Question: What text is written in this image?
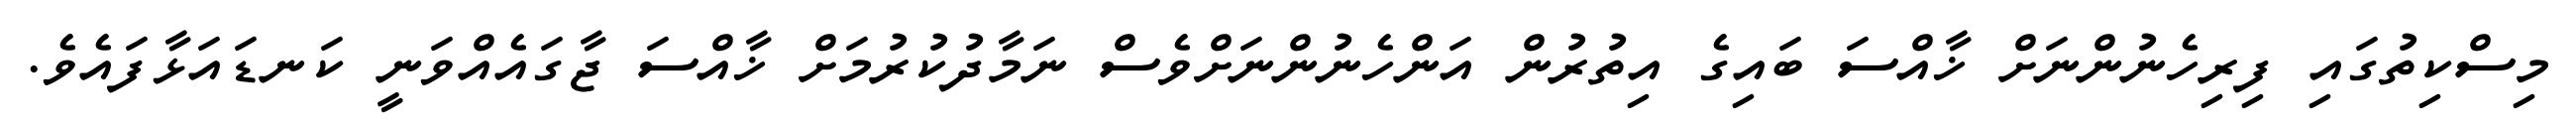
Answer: މިސްކިތުގައި ފިރިހެނުންނަށް ޚާއްސަ ބައިގެ އިތުރުން އަންހެނުންނަށްވެސް ނަމާދުކުރުމަށް ޚާއްސަ ޖާގައެއްވަނީ ކަނޑައަޅާފައެވެ.